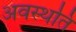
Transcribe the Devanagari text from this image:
अवस्थति